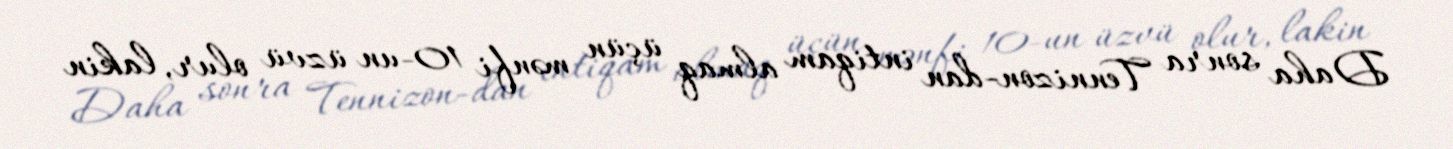
Daha sonra Tennizon-dan intiqam almaq üçün mənfi 10-un üzvü olur, lakin